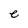
Character: e